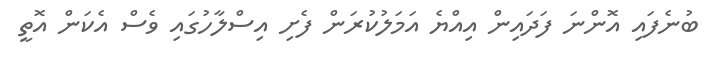
ބުނެފައި އޮންނަ ފަދައިން އިއްޔެ އަމަލުކުރަން ފެށި އިސްލާހުގައި ވެސް އެކަން އޮތީ